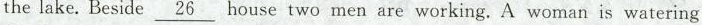
the lake. Beside \underline{26} house two men are working. A woman is watering